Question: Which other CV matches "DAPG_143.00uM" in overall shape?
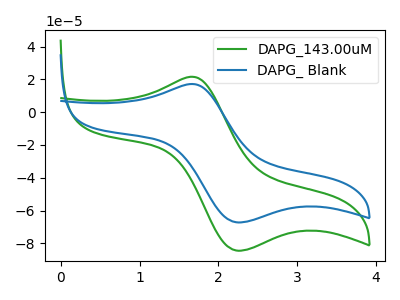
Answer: <think>The green curve "DAPG_143.00uM" has an anodic peak at (1.65V, 21.60uA) and a cathodic peak at (2.25V, -84.45uA). The blue curve "DAPG_ Blank" has an anodic peak at (1.65V, 17.20uA) and a cathodic peak at (2.25V, -67.20uA).
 All the peaks in "DAPG_143.00uM" have a peak in "DAPG_ Blank" at the same potential. Every peak in "DAPG_143.00uM" is higher than every peak in "DAPG_ Blank".</think>
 <answer>The CV with the most similar shape to "DAPG_ Blank" is "DAPG_143.00uM".</answer>
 <eval>"DAPG_143.00uM"</eval>